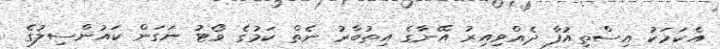
އެކަމަކު އިސްތިއުފާ ދެއްވިއިރު އޭނާގެ އިތުބާރު ނެތް ކަމުގެ ވޯޓު ނަގަން ކައުންސިލުގެ